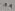
Text: 11